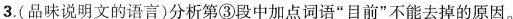
3.(品味说明文的语言)分析第③段中加点词语“目前"不能去掉的原因。